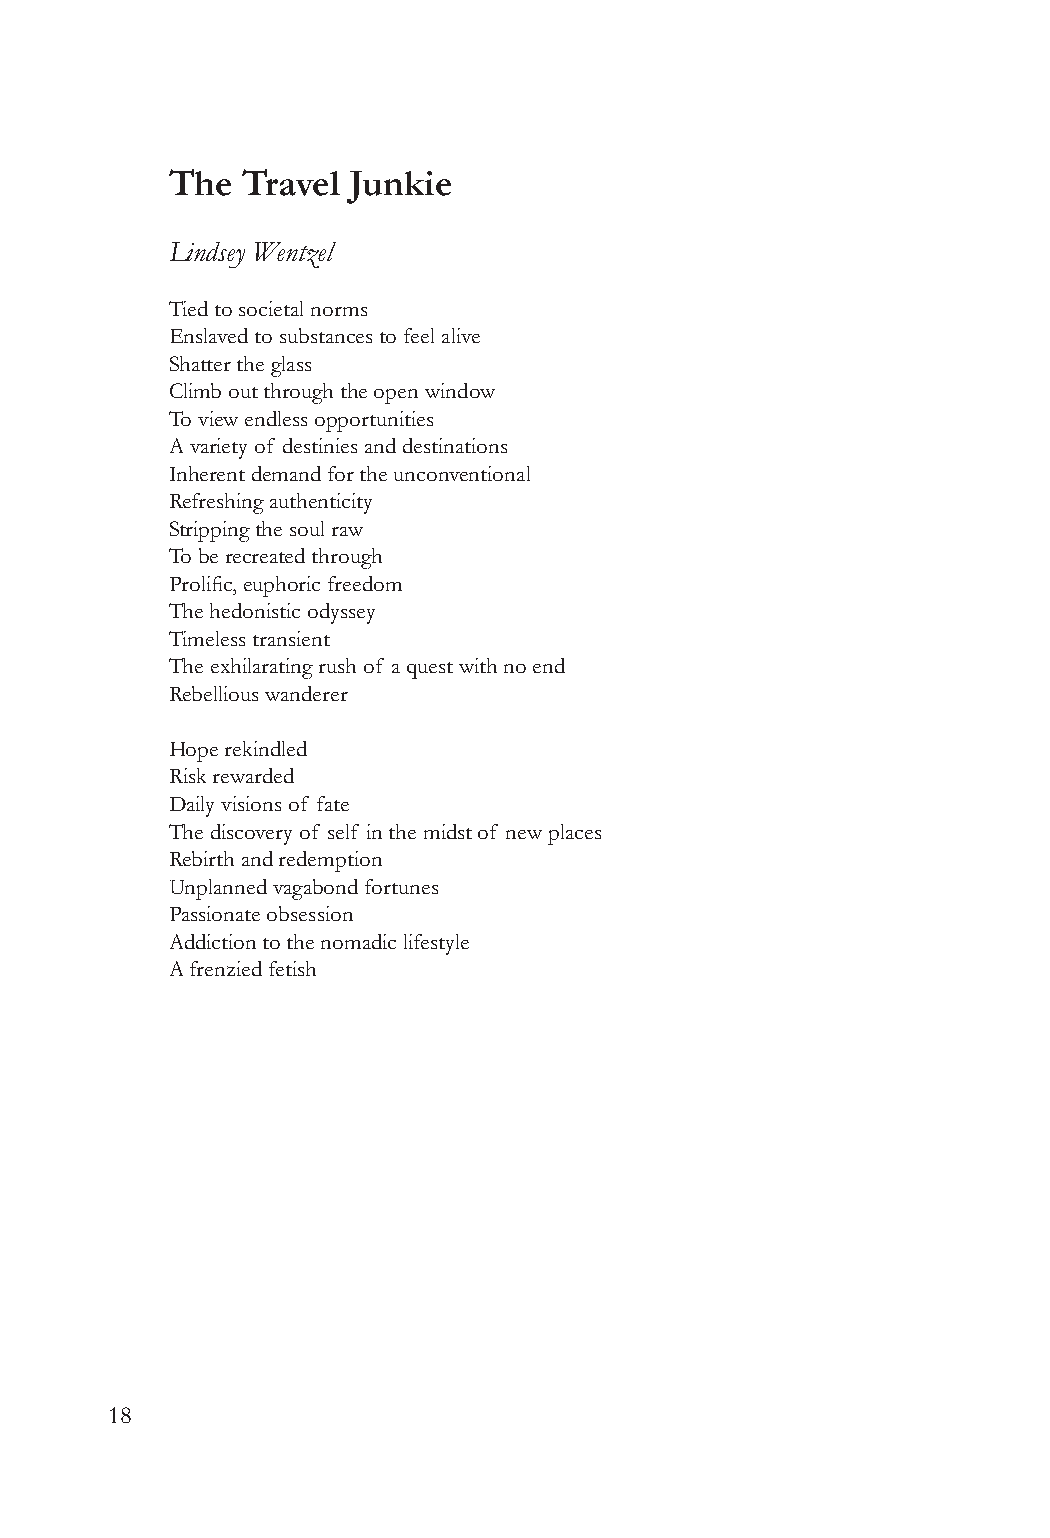
The  Travel Junkie
 Lindsey Wentzel
 Tied to societal norms
 Enslaved to substances to feel alive
 Shatter the glass
 Climb out through the open window
 To view endless opportunities
 A variety of destinies and destinations
 Inherent demand for the unconventional
 Refreshing authenticity
 Stripping the soul raw
 To be recreated through
 Prolific, euphoric freedom
 The hedonistic odyssey
 Timeless transient
 The exhilarating rush of a quest with no end
 Rebellious wanderer
 Hope rekindled
 Risk rewarded
 Daily visions of fate
 The discovery of self in the midst of new places
 Rebirth and redemption
 Unplanned vagabond fortunes
 Passionate obsession
 Addiction to the nomadic lifestyle
 A frenzied fetish
 18